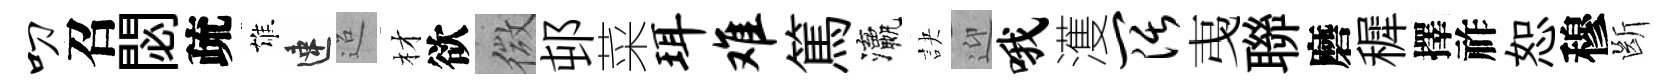
叨召閟疏雄速迢材欲微邨菜珥难篤瀛訣迎哦濩阔𢎯聯磨穉擇祚恕穆㫁